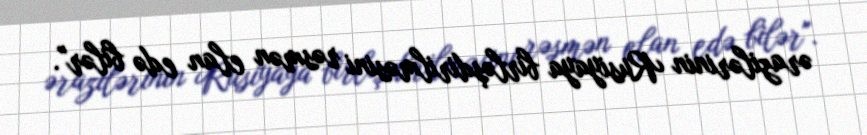
ərazilərinin Rusiyaya birləşdirilməsini rəsmən elan edə bilər".